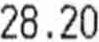
28.20